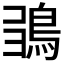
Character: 𩿮